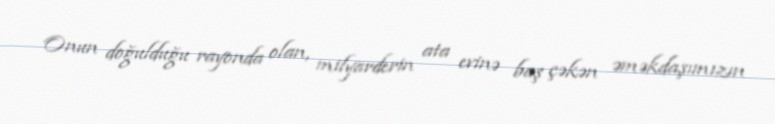
Onun doğulduğu rayonda olan, milyarderin ata evinə baş çəkən əməkdaşımızın